Piroplasma canis and its life cycle in the tick - Number 29
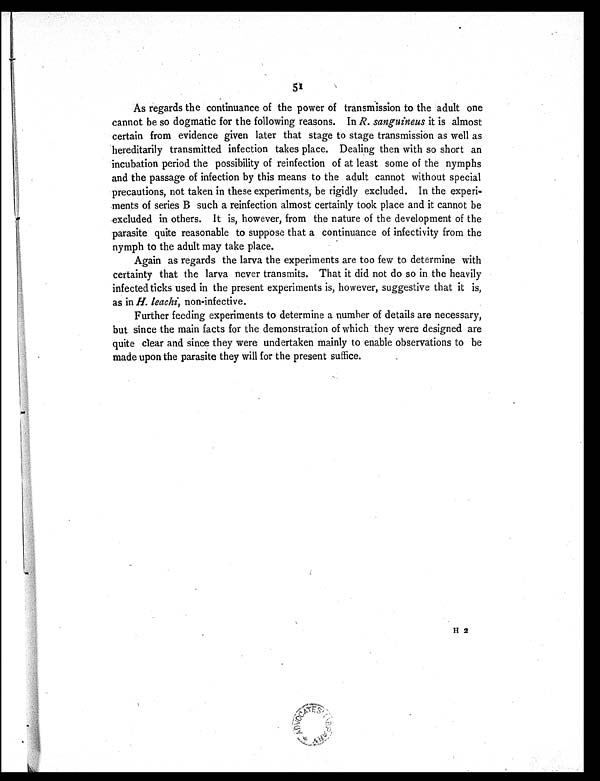
51
As regards the continuance of the power of transmission to the adult one
cannot be so dogmatic for the following reasons. In R. sanguineus it is almost
certain from evidence given later that stage to stage transmission as well as
hereditarily transmitted infection takes place. Dealing then with so short an
incubation period the possibility of reinfection of at least some of the nymphs
and the passage of infection by this means to the adult cannot without special
precautions, not taken in these experiments, be rigidly excluded. In the experi-
ments of series B such a reinfection almost certainly took place and it cannot be
excluded in others. It is, however, from the nature of the development of the
parasite quite reasonable to suppose that a continuance of infectivity from the
nymph to the adult may take place.
Again as regards the larva the experiments are too few to determine with
certainty that the larva never transmits. That it did not do so in the heavily
infected ticks used in the present experiments is, however, suggestive that it is,
as in H. leachi, non-infective.
Further feeding experiments to determine a number of details are necessary,
but since the main facts for the demonstration of which they were designed are
quite clear and since they were undertaken mainly to enable observations to be
made upon the parasite they will for the present suffice.
H 2